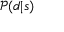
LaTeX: { \mathcal { P } } ( d | s )